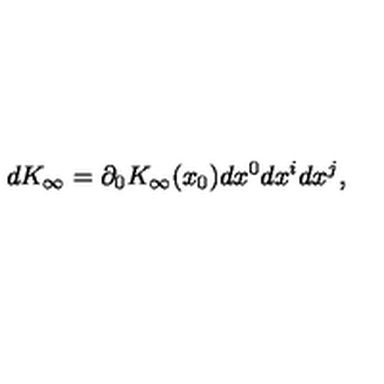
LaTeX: d K _ { \infty } = \partial _ { 0 } K _ { \infty } ( x _ { 0 } ) d x ^ { 0 } d x ^ { i } d x ^ { j } ,